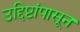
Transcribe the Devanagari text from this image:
उद्दिष्टांपासून